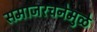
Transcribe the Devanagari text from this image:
समाजरचनेमुळे